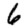
Digit: 6